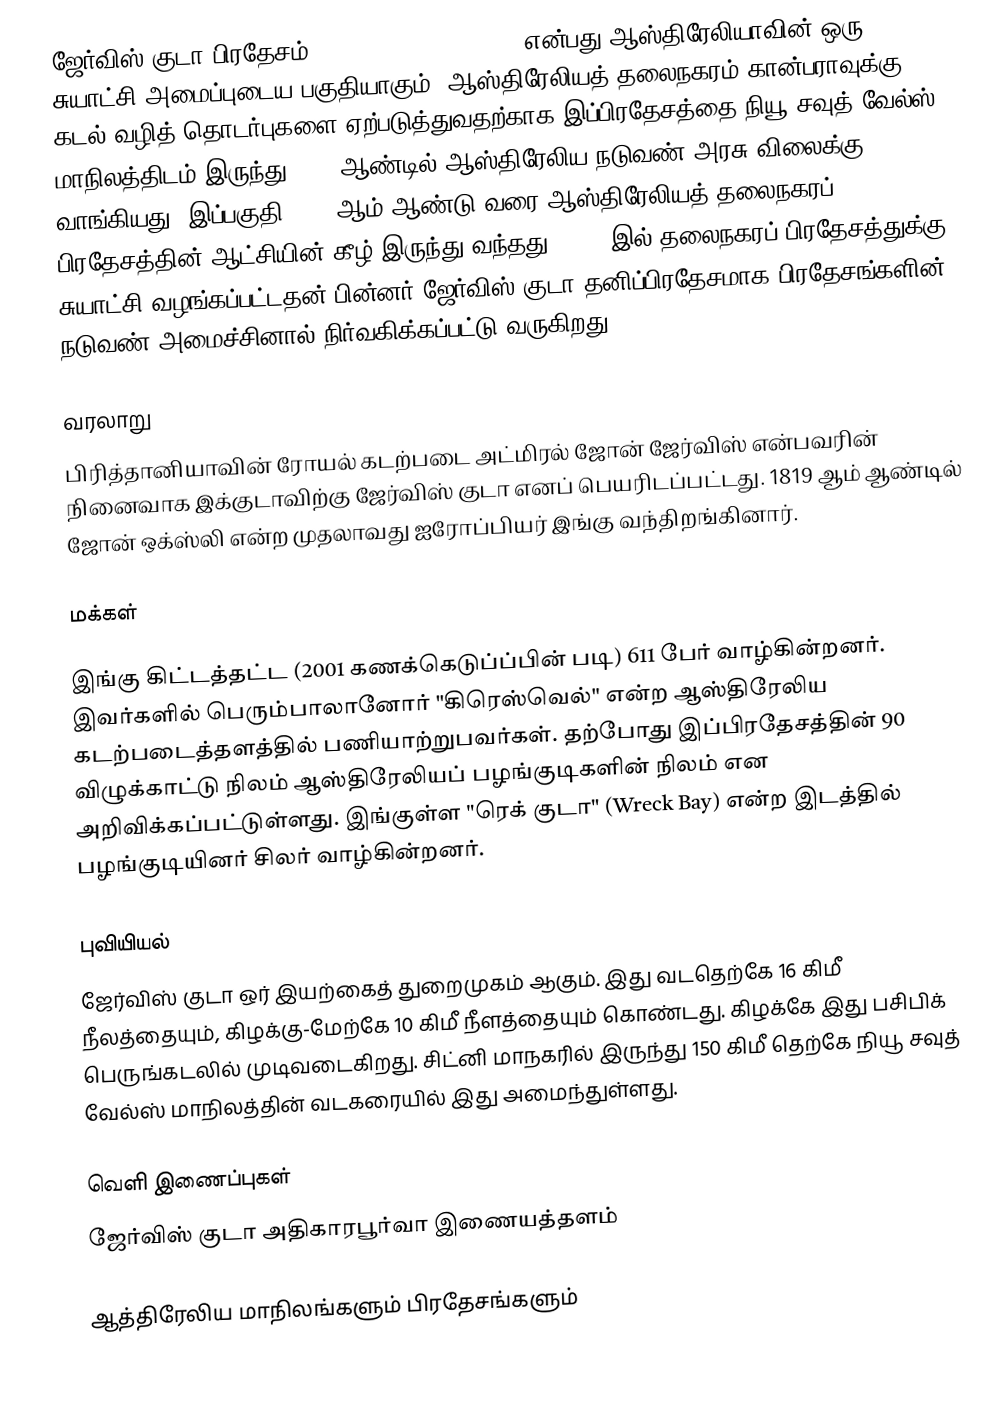
ஜேர்விஸ் குடா பிரதேசம் (Jervis Bay Territory) என்பது ஆஸ்திரேலியாவின் ஒரு சுயாட்சி அமைப்புடைய பகுதியாகும். ஆஸ்திரேலியத் தலைநகரம் கான்பராவுக்கு கடல் வழித் தொடர்புகளை ஏற்படுத்துவதற்காக இப்பிரதேசத்தை நியூ சவுத் வேல்ஸ் மாநிலத்திடம் இருந்து 1915 ஆண்டில் ஆஸ்திரேலிய நடுவண் அரசு விலைக்கு வாங்கியது. இப்பகுதி 1989 ஆம் ஆண்டு வரை ஆஸ்திரேலியத் தலைநகரப் பிரதேசத்தின் ஆட்சியின் கீழ் இருந்து வந்தது. 1989 இல் தலைநகரப் பிரதேசத்துக்கு சுயாட்சி வழங்கப்பட்டதன் பின்னர் ஜேர்விஸ் குடா தனிப்பிரதேசமாக பிரதேசங்களின் நடுவண் அமைச்சினால் நிர்வகிக்கப்பட்டு வருகிறது.

வரலாறு
பிரித்தானியாவின் ரோயல் கடற்படை அட்மிரல் ஜோன் ஜேர்விஸ் என்பவரின் நினைவாக இக்குடாவிற்கு ஜேர்விஸ் குடா எனப் பெயரிடப்பட்டது. 1819 ஆம் ஆண்டில் ஜோன் ஒக்ஸ்லி என்ற முதலாவது ஐரோப்பியர் இங்கு வந்திறங்கினார்.

மக்கள்

இங்கு கிட்டத்தட்ட (2001 கணக்கெடுப்ப்பின் படி) 611 பேர் வாழ்கின்றனர். இவர்களில் பெரும்பாலானோர் "கிரெஸ்வெல்" என்ற ஆஸ்திரேலிய கடற்படைத்தளத்தில் பணியாற்றுபவர்கள். தற்போது இப்பிரதேசத்தின் 90 விழுக்காட்டு நிலம் ஆஸ்திரேலியப் பழங்குடிகளின் நிலம் என அறிவிக்கப்பட்டுள்ளது. இங்குள்ள "ரெக் குடா" (Wreck Bay) என்ற இடத்தில் பழங்குடியினர் சிலர் வாழ்கின்றனர்.

புவியியல்
ஜேர்விஸ் குடா ஒர் இயற்கைத் துறைமுகம் ஆகும். இது வடதெற்கே 16 கிமீ நீலத்தையும், கிழக்கு-மேற்கே 10 கிமீ நீளத்தையும் கொண்டது. கிழக்கே இது பசிபிக் பெருங்கடலில் முடிவடைகிறது. சிட்னி மாநகரில் இருந்து 150 கிமீ தெற்கே நியூ சவுத் வேல்ஸ் மாநிலத்தின் வடகரையில் இது அமைந்துள்ளது.

வெளி இணைப்புகள்
 ஜேர்விஸ் குடா அதிகாரபூர்வா இணையத்தளம்

ஆத்திரேலிய மாநிலங்களும் பிரதேசங்களும்